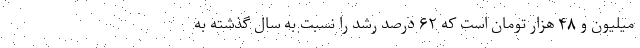
میلیون و ۴۸ هزار تومان است که ۶۲ درصد رشد را نسبت به سال گذشته به